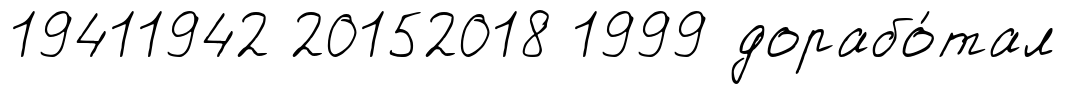
19411942 20152018 1999 дорабо́тал